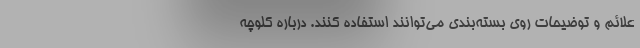
علائم و توضیحات روی بسته‌بندی می‌توانند استفاده کنند. درباره کلوچه